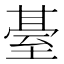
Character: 䑓